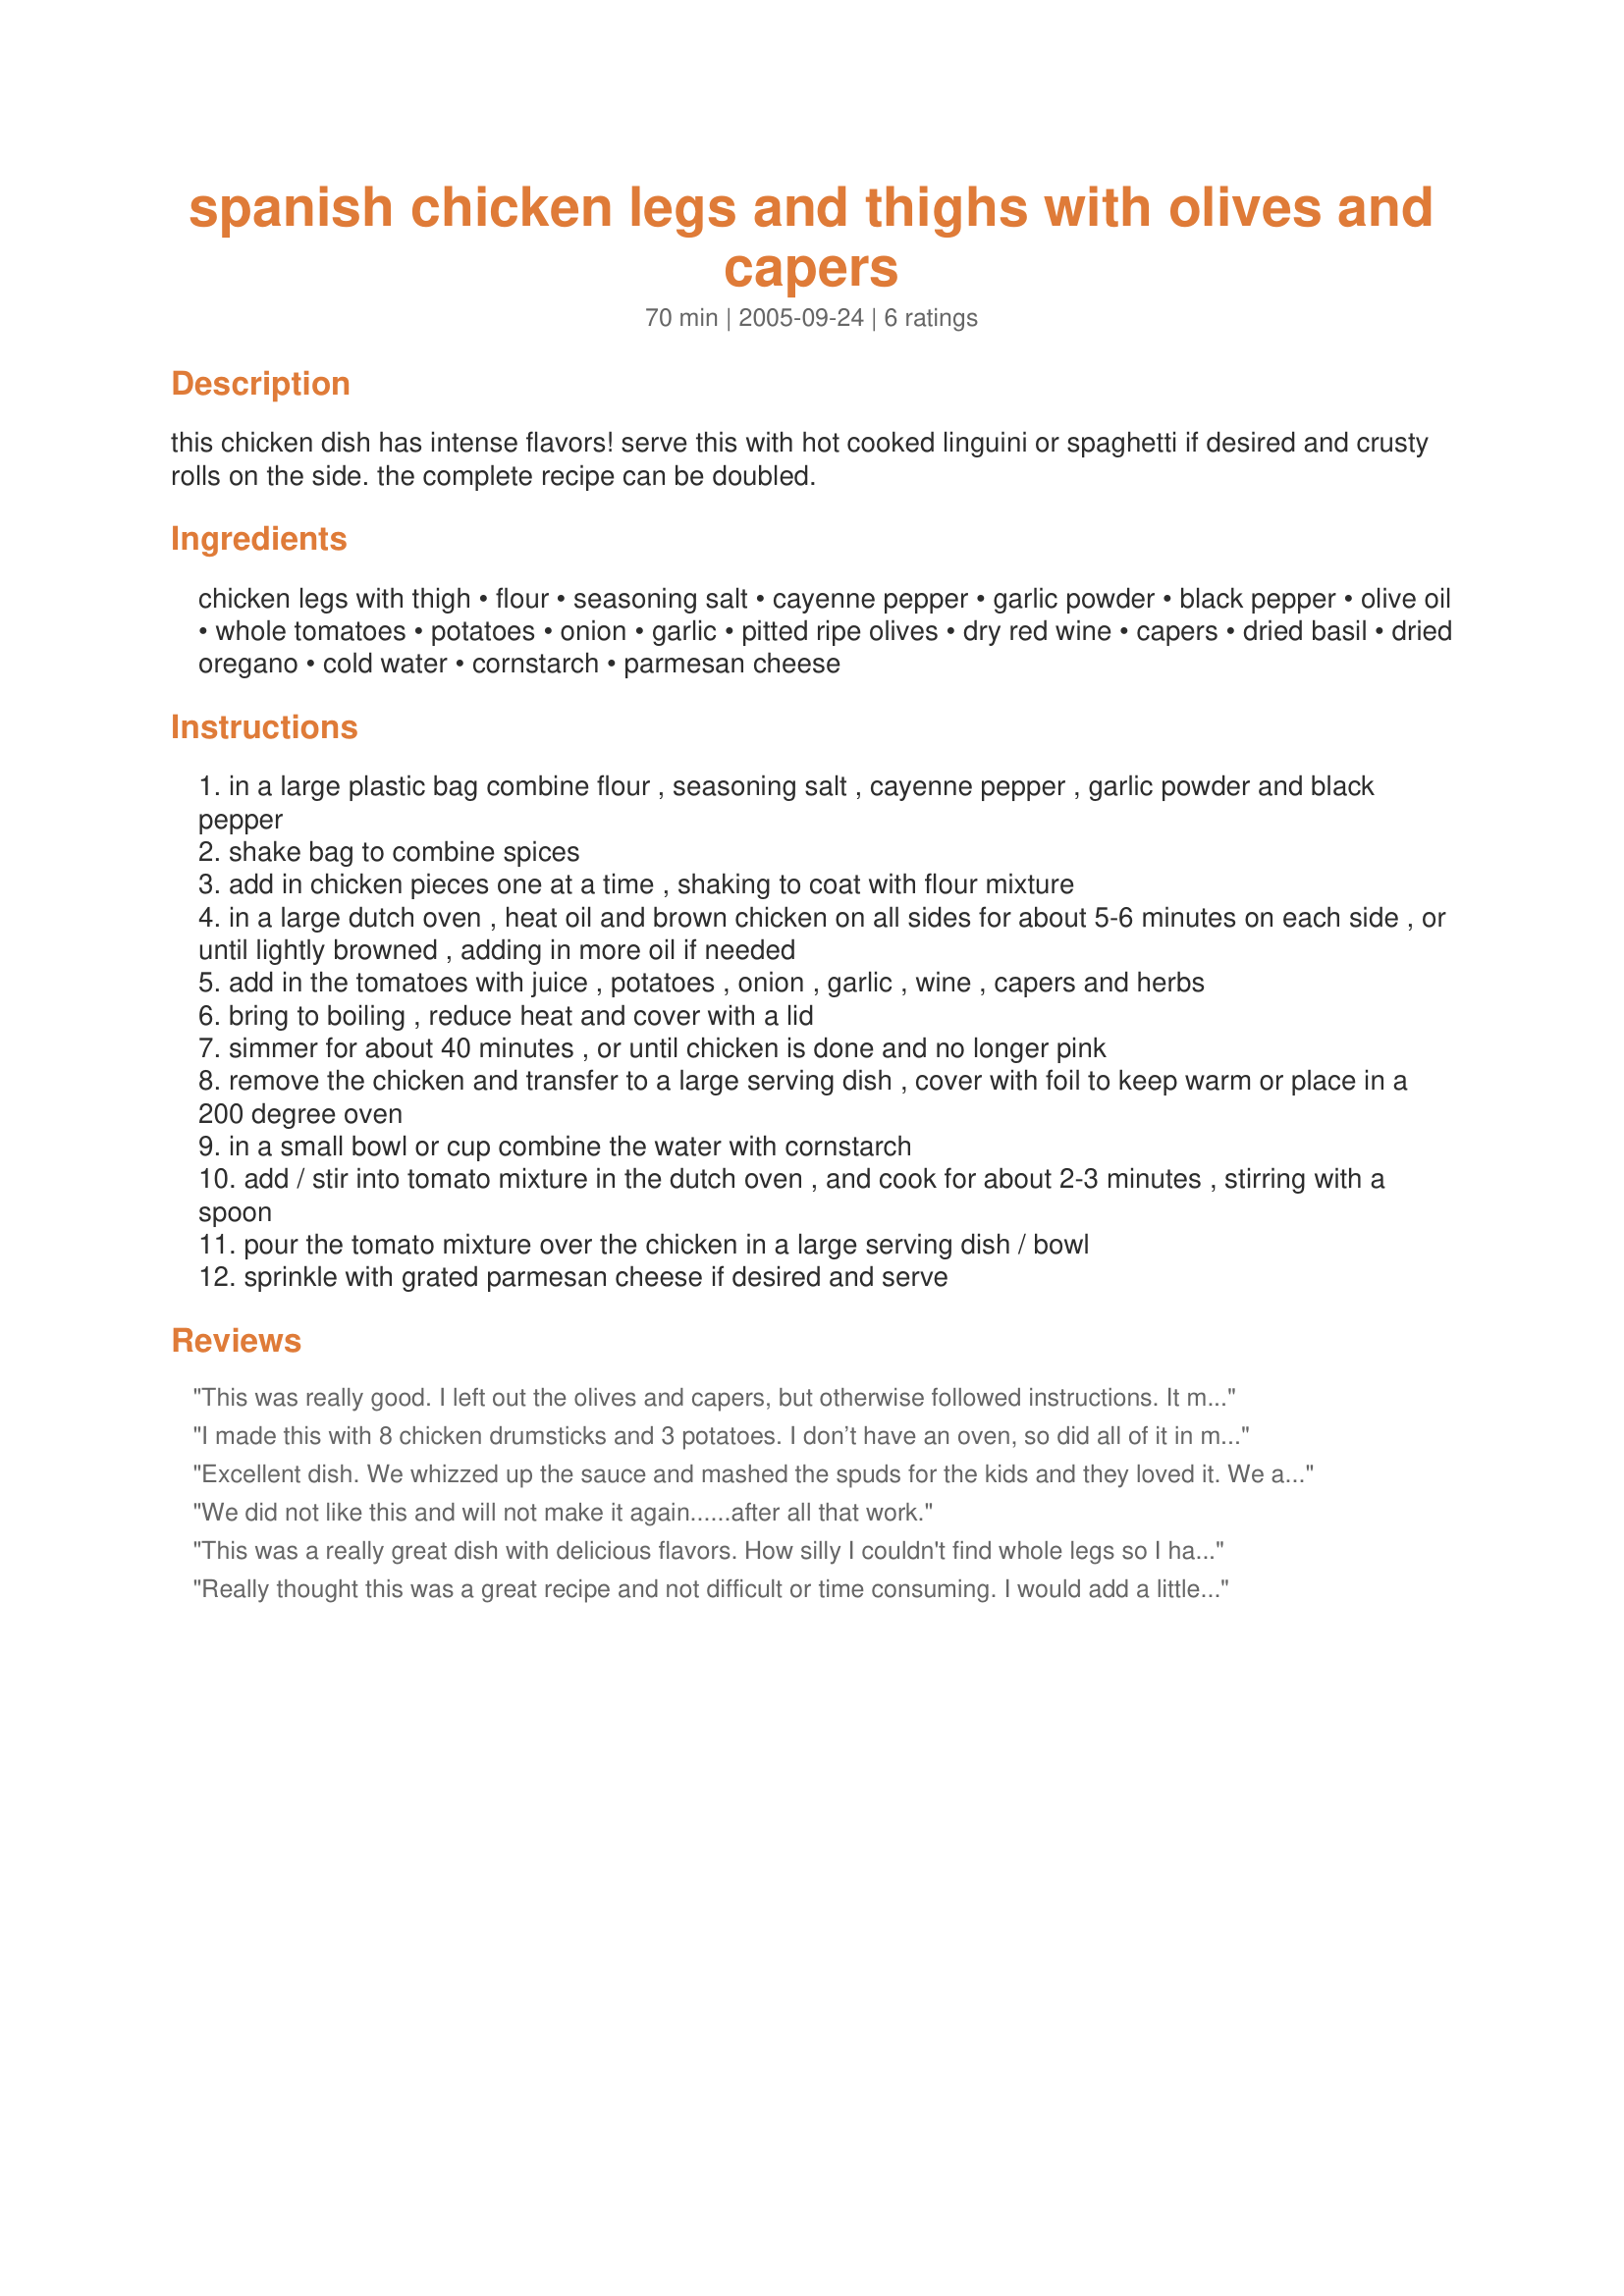
spanish chicken legs and thighs with olives and capers
Preparation time: 70 minutes

this chicken dish has intense flavors! serve this with hot cooked linguini or spaghetti if desired and crusty rolls on the side. the complete recipe can be doubled.

Ingredients:
chicken legs with thigh, flour, seasoning salt, cayenne pepper, garlic powder, black pepper, olive oil, whole tomatoes, potatoes, onion, garlic, pitted ripe olives, dry red wine, capers, dried basil, dried oregano, cold water, cornstarch, parmesan cheese

Steps:
in a large plastic bag combine flour , seasoning salt , cayenne pepper , garlic powder and black pepper
shake bag to combine spices
add in chicken pieces one at a time , shaking to coat with flour mixture
in a large dutch oven , heat oil and brown chicken on all sides for about 5-6 minutes on each side , or until lightly browned , adding in more oil if needed
add in the tomatoes with juice , potatoes , onion , garlic , wine , capers and herbs
bring to boiling , reduce heat and cover with a lid
simmer for about 40 minutes , or until chicken is done and no longer pink
remove the chicken and transfer to a large serving dish , cover with foil to keep warm or place in a 200 degree oven
in a small bowl or cup combine the water with cornstarch
add / stir into tomato mixture in the dutch oven , and cook for about 2-3 minutes , stirring with a spoon
pour the tomato mixture over the chicken in a large serving dish / bowl
sprinkle with grated parmesan cheese if desired and serve

Reviews:
This was really good. I left out the olives and capers, but otherwise followed instructions. It made the whole house smell wonderful. I think next time I'll use regular salt instead of seasoning salt, and leave the potatoes out altogether. Thanks for the posting, Kitten!
I made this with 8 chicken drumsticks and 3 potatoes. I don’t have an oven, so did all of it in my electric frying pan. It worked pretty well, but even allowing extra time (double), some of the potatoes (cut evenly into 6 pieces each) were a bit crunchy.
We hate boiled onion (and I find it really doesn’t cook well from raw in tomato dishes) so I cooked the onion and garlic to golden and soft before adding the tomatoes etc.
As it had potatoes in it, I decided to add green peas and call it a one dish meal. Now we’ve eaten all the potatoes, we’ll have the leftover sauce and 4 drumsticks on pasta.
There was no need to thicken this-the flour from the drumsticks did that perfectly.
We did enjoy this, but next time I would add a tablespoon of brown sugar, microwave the potatoes briefly to speed up the cooking time and increase the cayenne. I used the capers and parmesan.

Excellent dish. We whizzed up the sauce and mashed the spuds for the kids and they loved it. We added some chillies to ours and we loved it. Great :-)
We did not like this and will not make it again......after all that work.
This was a really great dish with delicious flavors. How silly I couldn't find whole legs so I had to use drumsticks instead but it worked out well. I used 4 red potatoes cut in 4 and a lot more than 1 Tbsp of garlic. I love garlic too...best thing going. I didn't quite put in 1 cup of olives but maybe 1/2 cup only cause DD doesn't care for them. I definitely put in the capers , I love them and DD doesn't mind them. I also added with the canned tomatoes some fresh chopped Campari tomatoes just for some fresh tomato taste. I did find I needed to thicken the sauce with the cornstarch. I cooked it all for about 45 minutes and served over a bed of buttered noodles. Kitchen was smelling so good while simmering with this delicious recipe. Made for Comfort Cafe '09. Thanks once again Kittencal for a dish we all loved.
Really thought this was a great recipe and not difficult or time consuming. I would add a little more cayenne or perhaps some red pepper flakes as we like it a little spicier.
